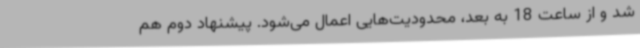
شد و از ساعت 18 به بعد، محدودیت‌هایی اعمال می‌شود. پیشنهاد دوم هم